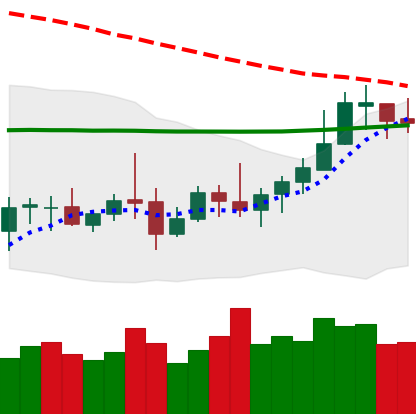
Ticker: LTC-USD
Chart end date: 2020-10-14
Forward return: -3.506%
Label: down_3_5